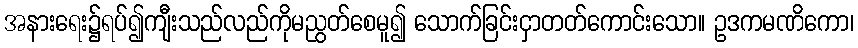
အနားရေး၌ရပ်၍ကျီးသည်လည်ကိုမညွတ်စေမူ၍ သောက်ခြင်းငှာတတ်ကောင်းသော။ ဥဒကမဏိကော၊